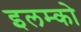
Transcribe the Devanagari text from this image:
इलम्को